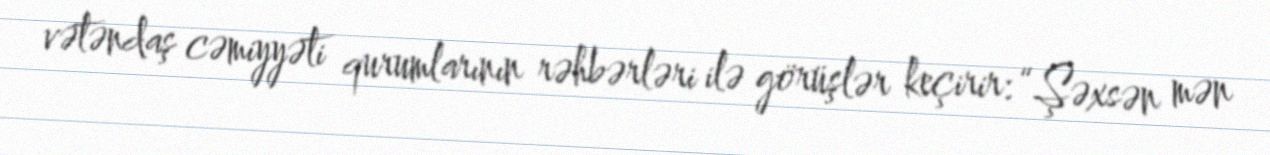
vətəndaş cəmiyyəti qurumlarının rəhbərləri ilə görüşlər keçirir: “Şəxsən mən